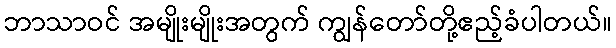
ဘာသာဝင် အမျိုးမျိုးအတွက် ကျွန်တော်တို့ဧည့်ခံပါတယ်။